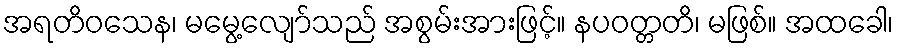
အရတိဝသေန၊ မမွေ့လျော်သည် အစွမ်းအားဖြင့်။ နပဝတ္တတိ၊ မဖြစ်။ အထခေါ၊